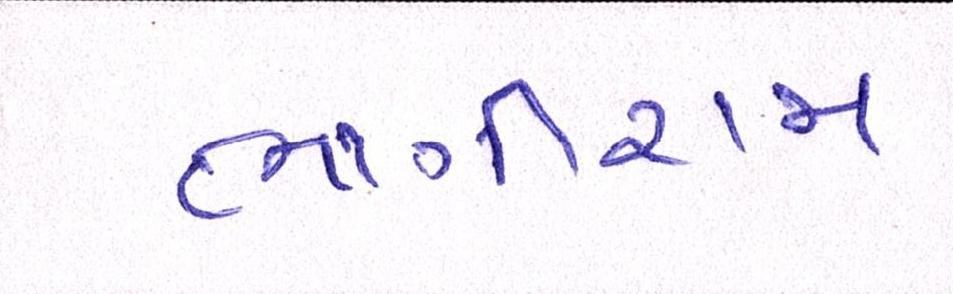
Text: ભાગીરામ